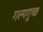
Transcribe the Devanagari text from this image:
गल्पगुच्छ